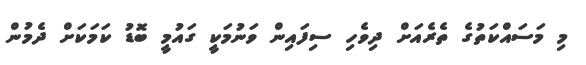
މި މަސައްކަތުގެ ތެރެއަށް ދިވެހި ސިފައިން ވަނުމަކީ ގައުމީ ބޮޑު ކަމަކަށް ދެމުން